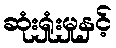
ဆုံးရှုံးမှုနှင့်